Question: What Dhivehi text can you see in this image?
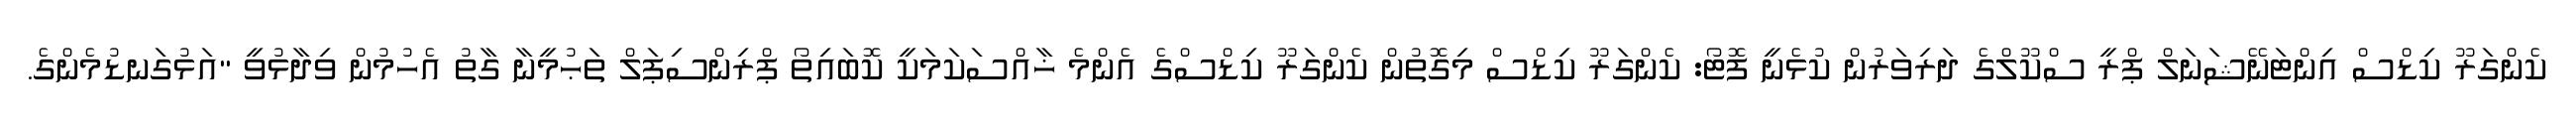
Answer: ކެންގަރޫ ކިޑްސް އިންޓަނޭޝަނަލް ޕްރީ ސްކޫލްގެ ދަރިވަރުން ކުޅެނީ ފޮޓޯ: ކެންގަރޫ ކިޑްސް މިގޮތުން ކެންގަރޫ ކިޑްސްގެ އެންމެ ޚާއްސަކަމަކީ ކޮބައިތޯ ޕްރިންސިޕަލް ތަޙުމީނާ ގާތު އެހުމުން ވިދާޅުވީ "އަޅުގަނޑުމެންގެ.